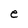
Character: e